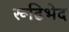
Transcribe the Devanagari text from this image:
रूढिभेद